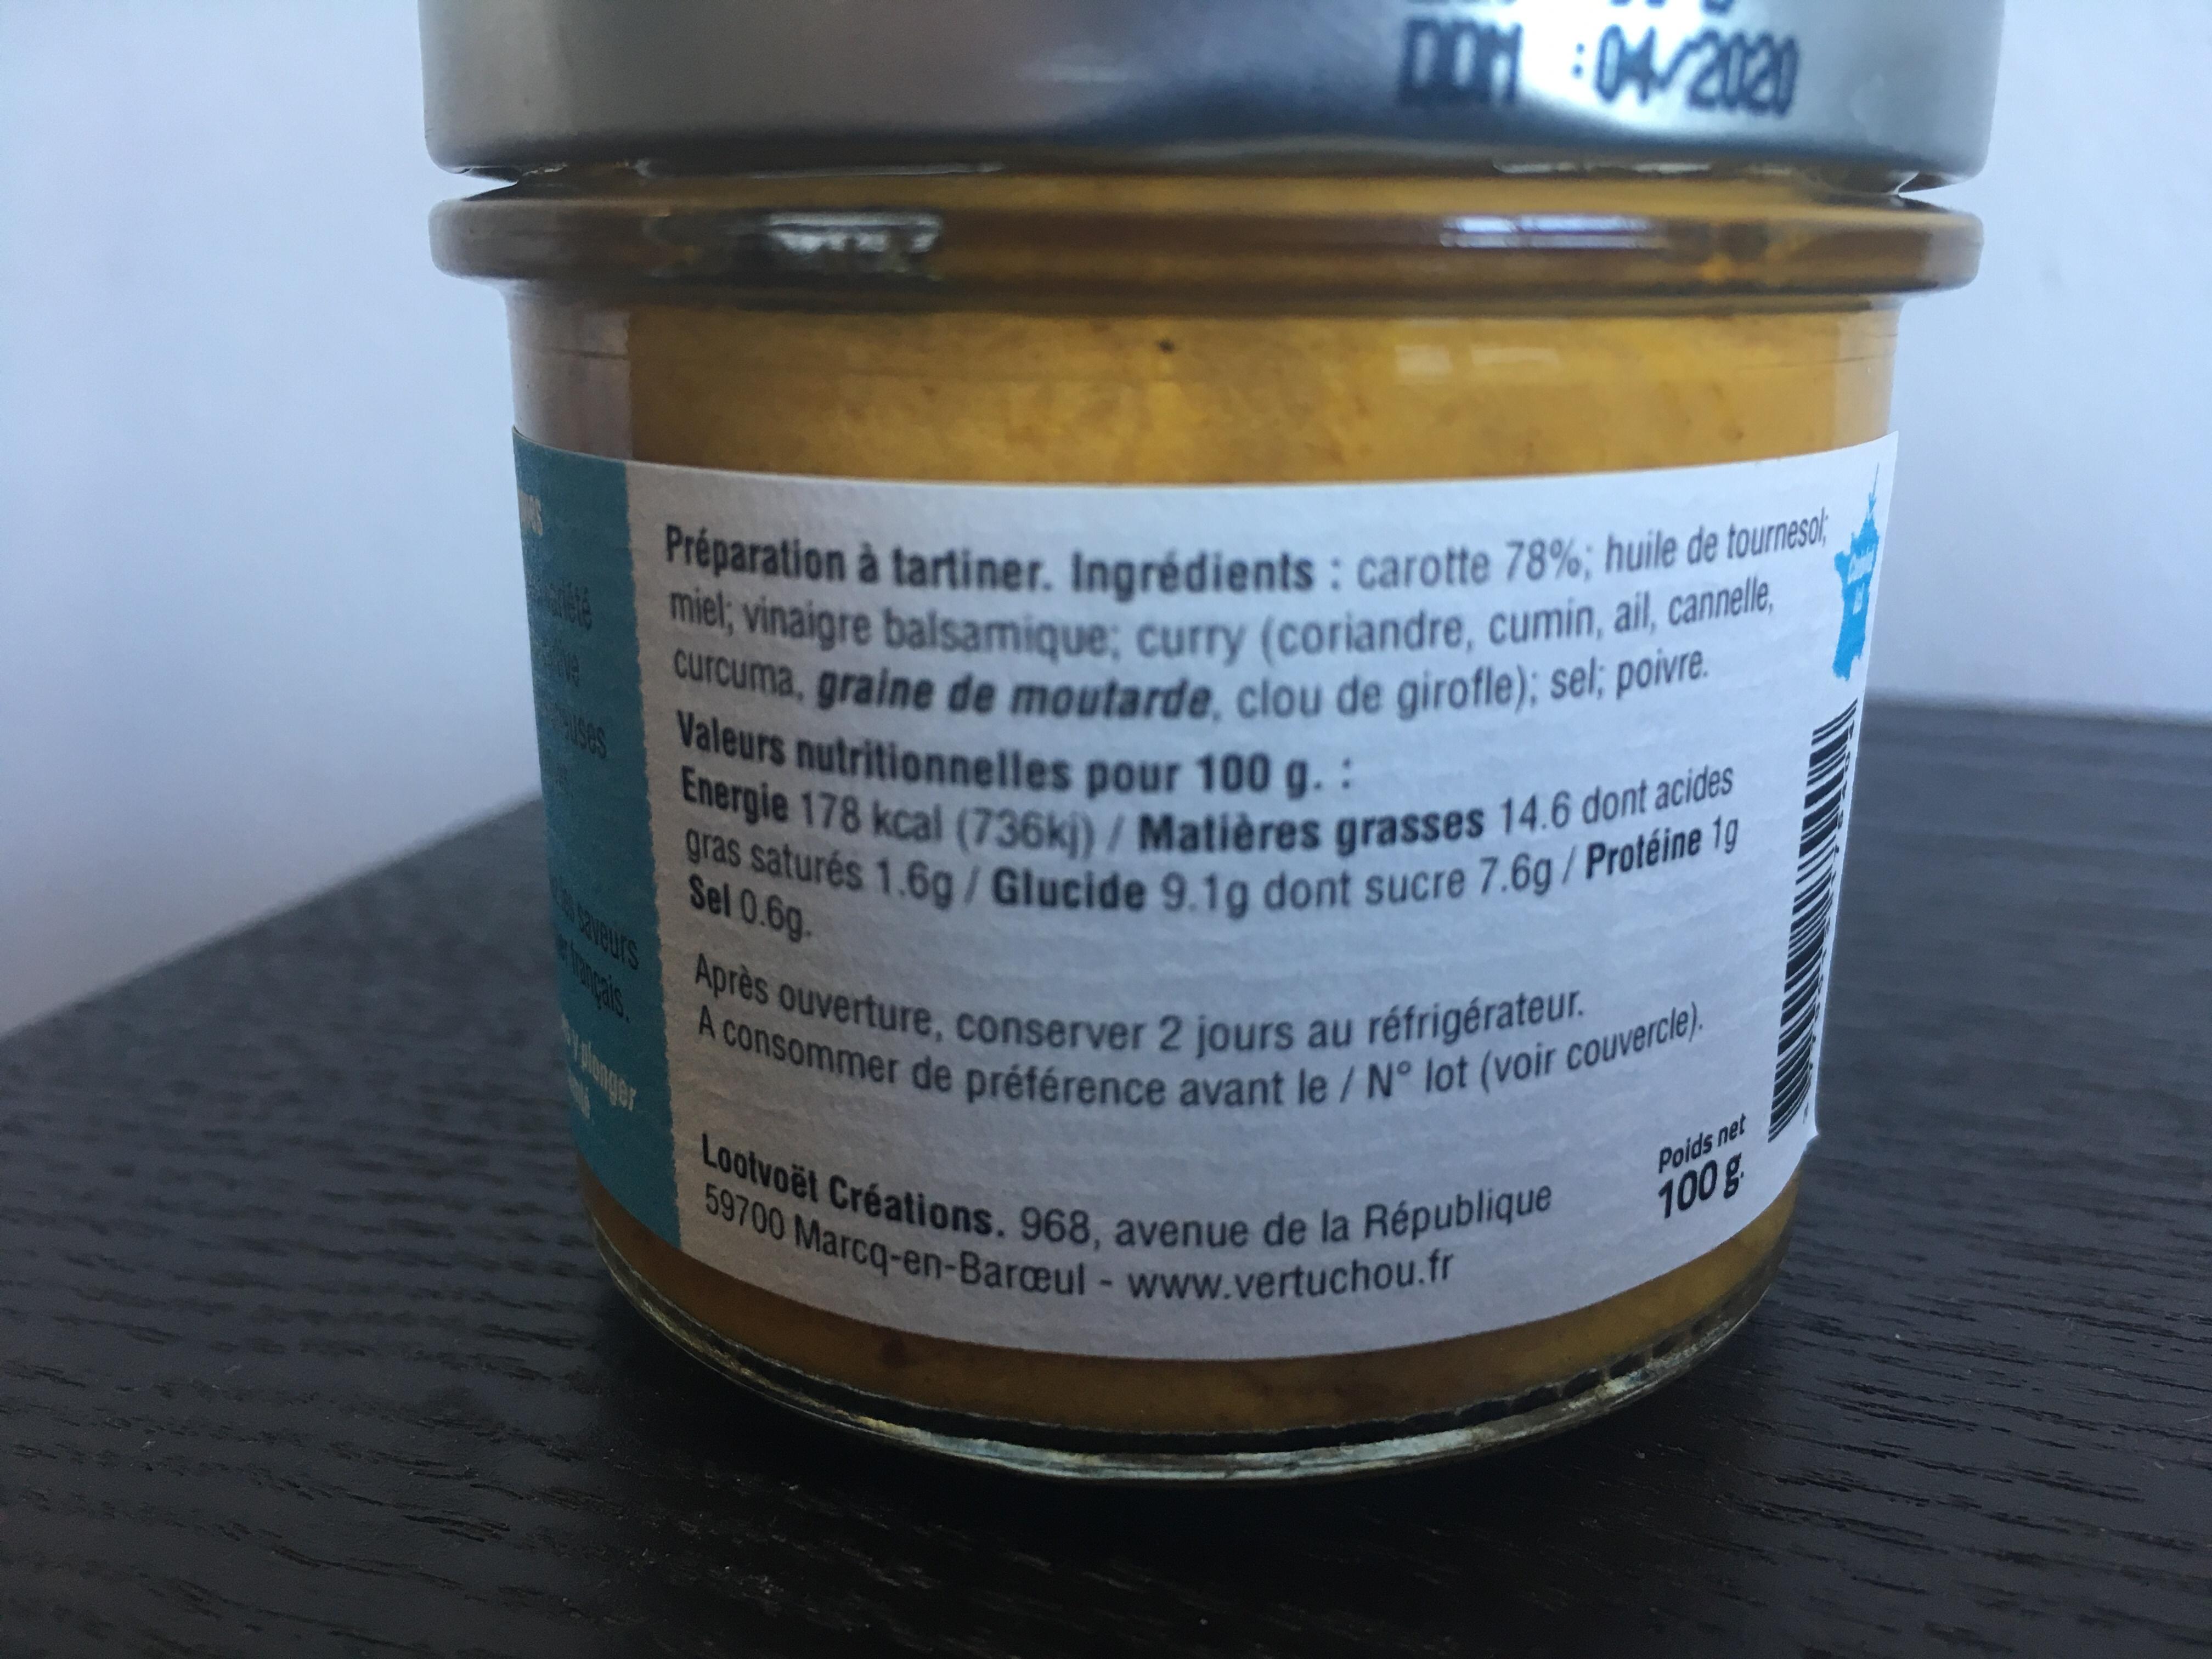
DD04/2020 als Préparation à tartiner. Ingrédients carotte 78%; huile de tourneso miel; vinaigre balsamique; curry (coriandre, cumin, ail, cannelle curcuma, graine de moutarde, clou de girofle); sel; poivre Valeurs nutritionnelles pour 100 g. Energie 178 kcal (736kj)/ Matières grasses 14.6 dont acides gras saturés 1.6g/Glucide 9.1g dont sucre 7.6g/Protéine 1g Sel 0.6g BISApres ouverture, conserver 2 jours au réfrigérateur. A consommer de préférence avant le / No lot (voir couvercle) Poids net 100g Lootvoët Créations. 968, avenue de la République 59700 Marca-en-Barceul www.vertuchou.fr